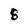
Character: 8